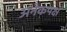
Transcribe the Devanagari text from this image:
अनेकपक्ष